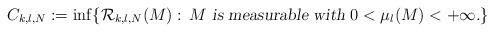
LaTeX: \begin{align*}C _{k,l,N} := \inf \{ {\mathcal R}_{k,l,N} (M):\, \mbox{{\sl $M$ is measurable with $0<\mu _l (M) <+\infty $.}} \} \end{align*}